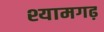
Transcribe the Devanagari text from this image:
श्यामगढ़